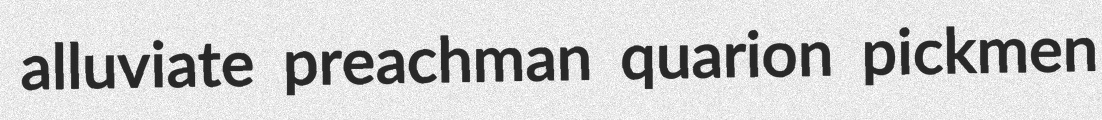
alluviate preachman quarion pickmen